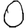
Digit: 0